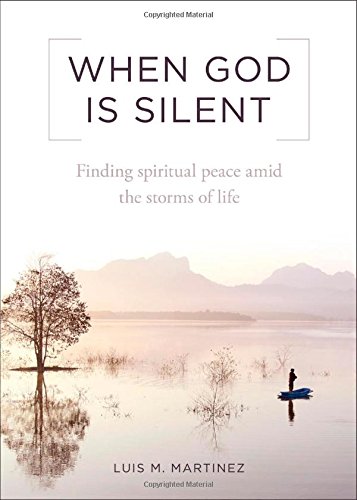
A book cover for When God Is Silent; Luis M. Martinez; Christian Books & Bibles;